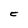
Character: C